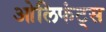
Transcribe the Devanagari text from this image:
ओलिफंट्स